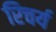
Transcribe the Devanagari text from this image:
रिचर्य